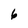
Character: 6